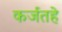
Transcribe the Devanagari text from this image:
कर्जतहे